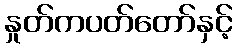
နှုတ်ကပတ်တော်နှင့်